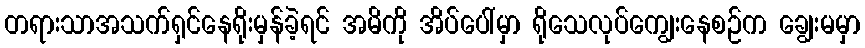
တရားသာအသက်ရှင်နေရိုးမှန်ခဲ့ရင် အမိကို အိပ်ပေါ်မှာ ရိုသေလုပ်ကျွေးနေစဉ်က ချွေးမမှာ